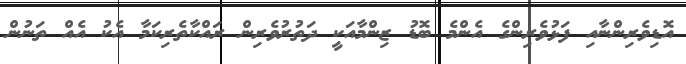
އޮޑިވެރިންނާއި ފަޅުވެރިންގެ އެންމެ ބޮޑު ޒިންމާއަކީ ދަތުރުވެރިން ރައްކާތެރިކަމާ އެކު އެއް ތަނުން